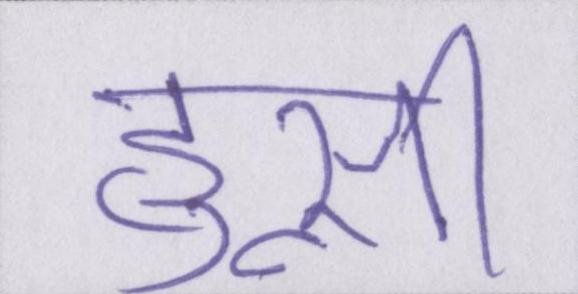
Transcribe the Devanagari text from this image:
हुस्नी